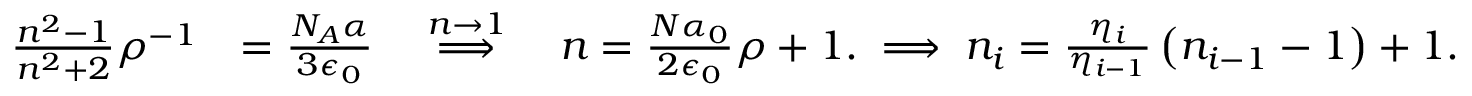
\begin{array} { r l } { \frac { n ^ { 2 } - 1 } { n ^ { 2 } + 2 } \rho ^ { - 1 } } & { = \frac { N _ { A } \alpha } { 3 \epsilon _ { 0 } } \quad \overset { n \to 1 } { \Longrightarrow } \quad n = \frac { N \alpha _ { 0 } } { 2 \epsilon _ { 0 } } \rho + 1 . \implies n _ { i } = \frac { \eta _ { i } } { \eta _ { i - 1 } } \left( n _ { i - 1 } - 1 \right) + 1 . } \end{array}